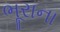
ભૂરાના